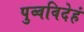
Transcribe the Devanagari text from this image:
पुव्वविदेहं